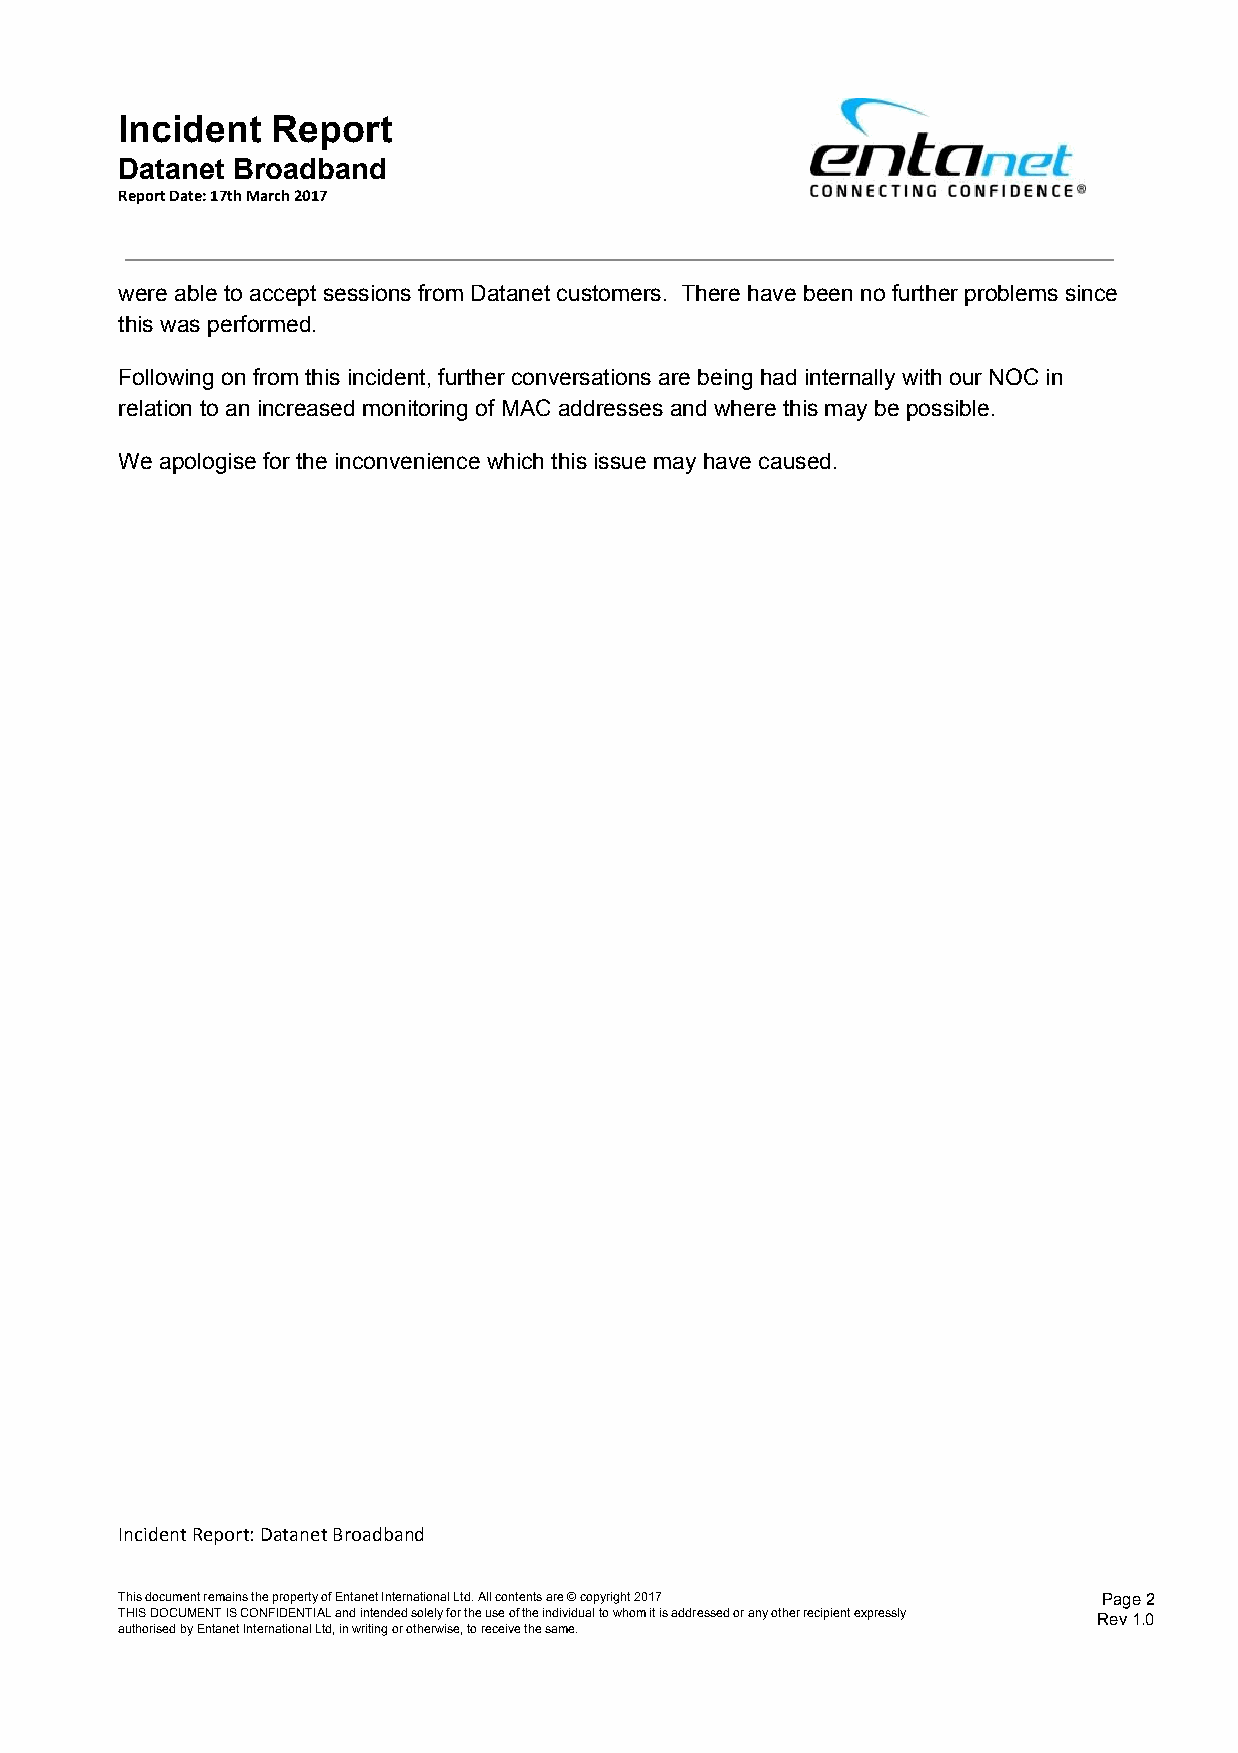
Incident  Report
 Datanet Broadband
 Report Date: 17th March 2017
 were able to accept sessions from Datanet customers. There have been no further problems since
 this was performed.
 Following on from this incident, further conversations are being had internally with our NOC in
 relation to an increased monitoring of MAC addresses and where this may be possible.
 We apologise for the inconvenience which this issue may have caused.
 Incident Report: Datanet Broadband
 This document remains the property of Entanet International Ltd. All contents are © copyright 2017 Page 2
 THIS DOCUMENT IS CONFIDENTIAL and intended solely for the use of the individual to whom it is addressed or any other recipient expressly Rev 1.0
 authorised by Entanet International Ltd, in writing or otherwise, to receive the same.